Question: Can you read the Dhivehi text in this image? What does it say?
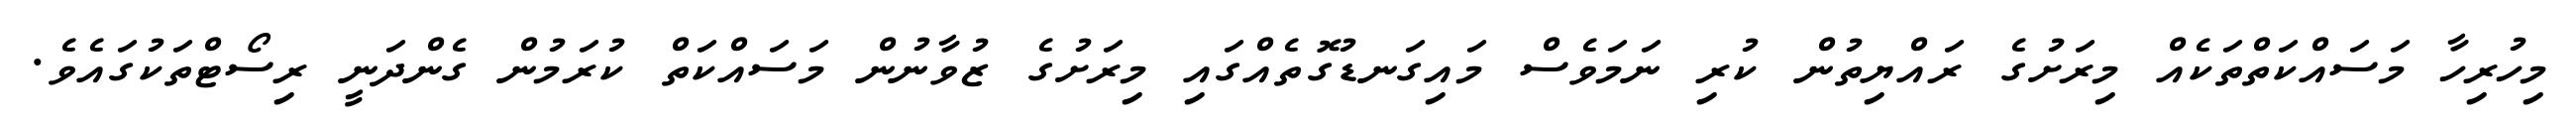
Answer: މިހުރިހާ މަސައްކަތްތަކެއް މިރަށުގެ ރައްޔިތުން ކުރި ނަމަވެސް މައިގަނޑުގޮތެއްގައި މިރަށުގެ ޒުވާނުން މަސައްކަތް ކުރަމުން ގެންދަނީ ރިސޯޓްތަކުގައެވެ.